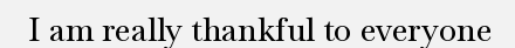
I am really thankful to everyone